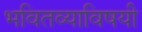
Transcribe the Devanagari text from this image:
भवितव्याविषयी